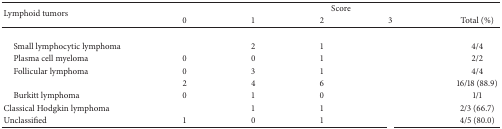
<table><thead><tr><td rowspan="2"><b>Lymphoid tumors</b></td><td colspan="5"><b>Score</b></td></tr><tr><td><b>0</b></td><td><b>1</b></td><td><b>2</b></td><td><b>3</b></td><td><b>Total (%)</b></td></tr></thead><tbody><tr><td>[EMPTY_CELL]</td><td>[EMPTY_CELL]</td><td>[EMPTY_CELL]</td><td>[EMPTY_CELL]</td><td>[EMPTY_CELL]</td><td>[EMPTY_CELL]</td></tr><tr><td> Small lymphocytic lymphoma</td><td>[EMPTY_CELL]</td><td>2</td><td>1</td><td>[EMPTY_CELL]</td><td>4/4</td></tr><tr><td> Plasma cell myeloma</td><td>0</td><td>0</td><td>1</td><td>[EMPTY_CELL]</td><td>2/2</td></tr><tr><td> Follicular lymphoma</td><td>0</td><td>3</td><td>1</td><td>[EMPTY_CELL]</td><td>4/4</td></tr><tr><td>[EMPTY_CELL]</td><td>2</td><td>4</td><td>6</td><td>[EMPTY_CELL]</td><td>16/18 (88.9)</td></tr><tr><td> Burkitt lymphoma</td><td>0</td><td>1</td><td>0</td><td>[EMPTY_CELL]</td><td>1/1</td></tr><tr><td>Classical Hodgkin lymphoma</td><td>[EMPTY_CELL]</td><td>1</td><td>1</td><td>[EMPTY_CELL]</td><td>2/3 (66.7)</td></tr><tr><td>Unclassified</td><td>1</td><td>0</td><td>1</td><td>[EMPTY_CELL]</td><td>4/5 (80.0)</td></tr></tbody></table>